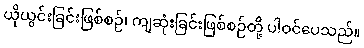
ယိုယွင်းခြင်းဖြစ်စဉ်၊ ကျဆုံးခြင်းဖြစ်စဉ်တို့ ပါဝင်ပေသည်။